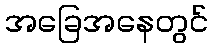
အခြေအနေတွင်